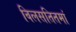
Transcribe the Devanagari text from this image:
विलसतितमां